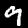
Label: 9